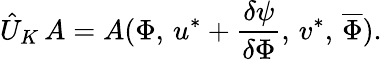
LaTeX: \hat{U}_{K}\, A=A(\Phi,\, u^{*}+\frac{\delta\psi}{\delta\Phi},\, v^{*},\, \overline{{{\Phi}}}).